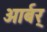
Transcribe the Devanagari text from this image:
आर्बर्